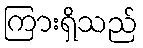
ကြားရှိသည်